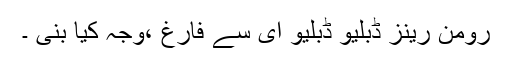
رومن رینز ڈبلیو ڈبلیو ای سے فارغ ،وجہ کیا بنی ۔